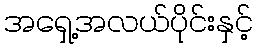
အရှေ့အလယ်ပိုင်းနှင့်